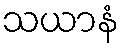
သယာနံ